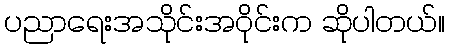
ပညာရေးအသိုင်းအဝိုင်းက ဆိုပါတယ်။